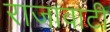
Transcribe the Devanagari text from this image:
राजावाटी